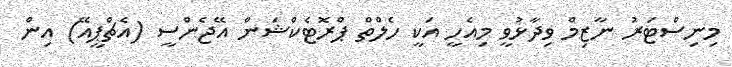
މިނިސްޓަރު ނާޒިމް ވިދާޅުވީ މިއެހީ އަކީ ހެލްތް ޕްރޮޓެކްޝަން އޭޖެންސީ (އެޗްޕީއޭ) އިން